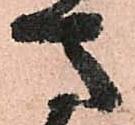
馬